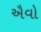
ઐવો